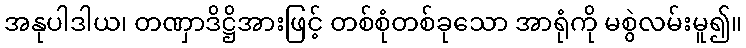
အနုပါဒါယ၊ တဏှာဒိဋ္ဌိအားဖြင့် တစ်စုံတစ်ခုသော အာရုံကို မစွဲလမ်းမူ၍။